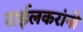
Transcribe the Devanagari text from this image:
राईलकरांनी